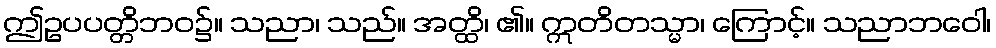
ဤဥပပတ္တိဘဝ၌။ သညာ၊ သည်။ အတ္ထိ၊ ၏။ ဣတိတသ္မာ၊ ကြောင့်။ သညာဘဝေါ၊